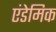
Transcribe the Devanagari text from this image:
एंडेमिक